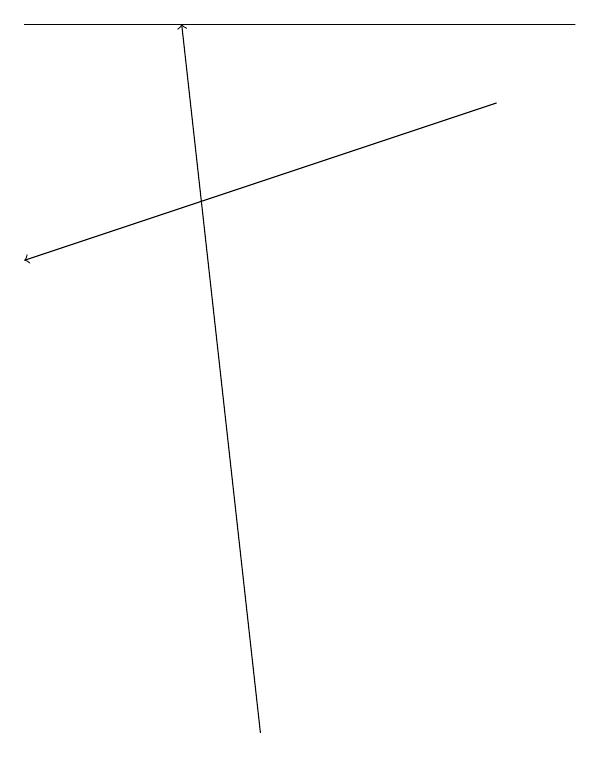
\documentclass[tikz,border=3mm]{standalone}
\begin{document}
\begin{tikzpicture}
\draw[->] (7,18) -- (1,16);
\draw[->] (4,10) -- (3,19);
\draw (1,19) rectangle (8,19);
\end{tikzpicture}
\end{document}